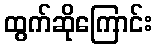
ထွက်ဆိုကြောင်း